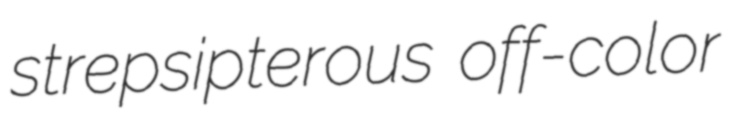
strepsipterous off-color